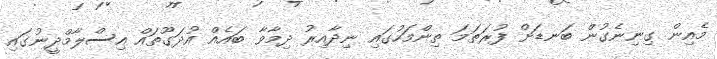
މެއިން ގިނިނެގުން ބަނޑަށް ފުރަތަމަ ތިންމަހުގައި ނިދާއިރު ދިމާވާ ބައެއް އުދަގޫތައް އިސްލާމްދީނުގައި